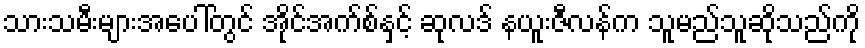
သားသမီးများအပေါ်တွင် အိုင်အက်စ်နှင့် ဆုလဒ် နယူးဇီလန်က သူမည်သူဆိုသည်ကို